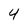
Character: 4